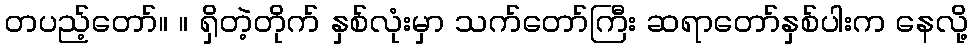
တပည့်တော်။ ။ ရှိတဲ့တိုက် နှစ်လုံးမှာ သက်တော်ကြီး ဆရာတော်နှစ်ပါးက နေလို့